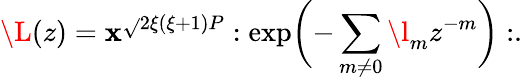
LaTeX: \L(z)=\mathbf{x}^{\sqrt{}{{2\xi(\xi+1)}}P}:\exp\biggl(-\sum_{m\ne0}\l_{m}z^{-m}\biggr):.